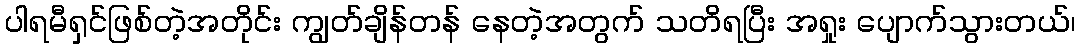
ပါရမီရှင်ဖြစ်တဲ့အတိုင်း ကျွတ်ချိန်တန် နေတဲ့အတွက် သတိရပြီး အရှုး ပျောက်သွားတယ်၊